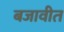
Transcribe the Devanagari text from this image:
बजावीत